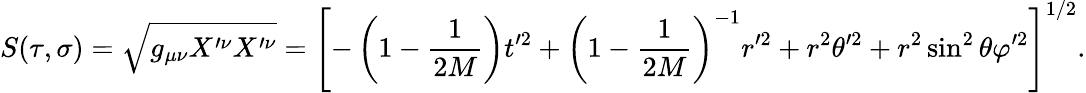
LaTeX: S(\tau,\sigma)=\sqrt{g_{\mu\nu}X^{\prime\nu}X^{\prime\nu}}=\left[-\left(1-\frac{1}{2M}\right)t^{\prime 2}+\left(1-\frac{1}{2M}\right)^{-1}r^{\prime 2}+r^{2}\theta^{\prime 2}+r^{2}\sin^{2}{\theta}\varphi^{\prime 2}\right]^{1/2}.